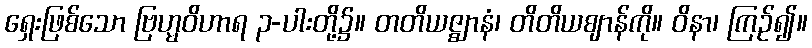
ရှေးဖြစ်သော ဗြဟ္မဝိဟာရ ၃-ပါးတို့၌။ တတိယဇ္ဈာနံ၊ တိတိယဈာန်ကို။ ဝိနာ၊ ကြဉ်၍။